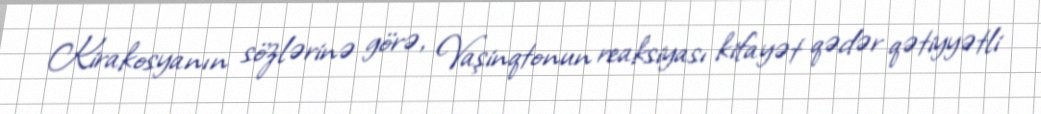
Kirakosyanın sözlərinə görə, Vaşinqtonun reaksiyası kifayət qədər qətiyyətli